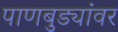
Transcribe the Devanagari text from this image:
पाणबुड्यांवर